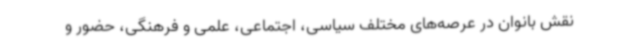
نقش بانوان در عرصه‌های مختلف سیاسی، اجتماعی، علمی و فرهنگی، حضور و